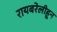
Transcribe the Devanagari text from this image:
रायबरेलीहून